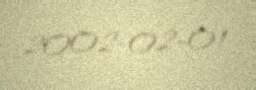
2002-02-01